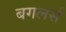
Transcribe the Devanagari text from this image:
बगलर्स